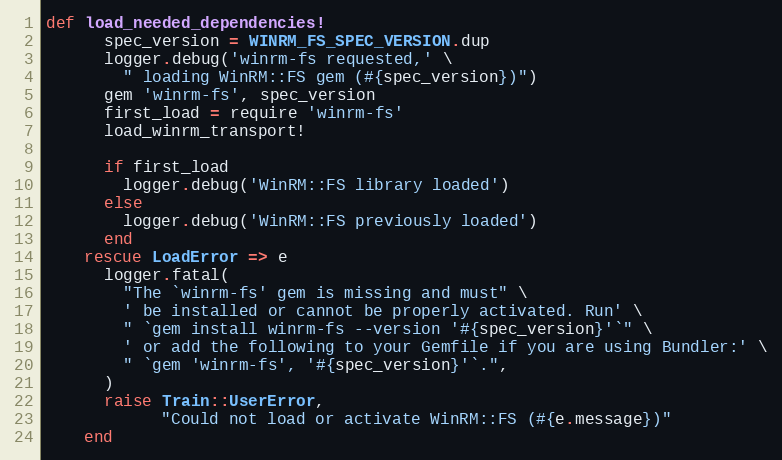
Language: Ruby
def load_needed_dependencies!
      spec_version = WINRM_FS_SPEC_VERSION.dup
      logger.debug('winrm-fs requested,' \
        " loading WinRM::FS gem (#{spec_version})")
      gem 'winrm-fs', spec_version
      first_load = require 'winrm-fs'
      load_winrm_transport!

      if first_load
        logger.debug('WinRM::FS library loaded')
      else
        logger.debug('WinRM::FS previously loaded')
      end
    rescue LoadError => e
      logger.fatal(
        "The `winrm-fs' gem is missing and must" \
        ' be installed or cannot be properly activated. Run' \
        " `gem install winrm-fs --version '#{spec_version}'`" \
        ' or add the following to your Gemfile if you are using Bundler:' \
        " `gem 'winrm-fs', '#{spec_version}'`.",
      )
      raise Train::UserError,
            "Could not load or activate WinRM::FS (#{e.message})"
    end